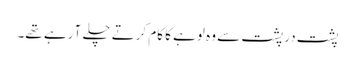
پشت در پشت سے وہ لوہے کا کام کرتے چلے آ رہے تھے۔